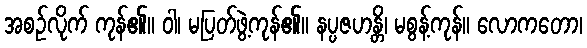
အစဉ်လိုက် ကုန်၏။ ဝါ၊ မပြတ်ဖွဲ့ကုန်၏။ နပ္ပဇဟန္တိ၊ မစွန့်ကုန်။ လောကတော၊